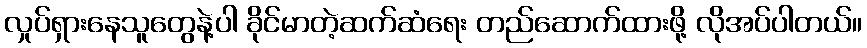
လှုပ်ရှားနေသူတွေနဲ့ပါ ခိုင်မာတဲ့ဆက်ဆံရေး တည်ဆောက်ထားဖို့ လိုအပ်ပါတယ်။